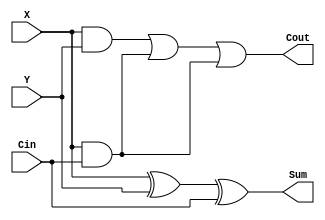
module full_adder(X, Y, Cin, Cout, Sum);
input X, Y, Cin;
output Cout, Sum;
    assign Sum = X ^ Y ^ Cin;
    assign Cout = (X && Y) || (X && Cin) || (X && Cin);
endmodule